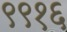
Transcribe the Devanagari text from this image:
९९१६